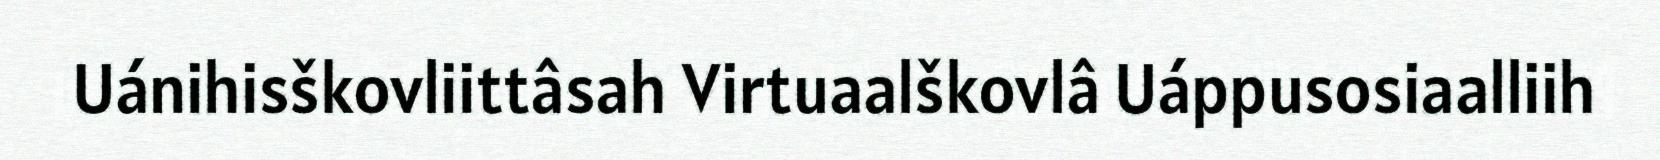
Uánihisškovliittâsah Virtuaalškovlâ Uáppusosiaalliih